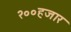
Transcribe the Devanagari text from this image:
२००हजार